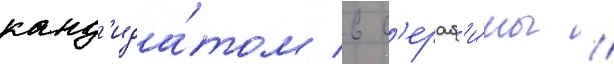
канд'ида́том в с'ераф'и́мы //